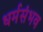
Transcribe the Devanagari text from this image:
धर्मसंभव